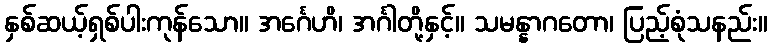
နှစ်ဆယ့်ရှစ်ပါးကုန်သော။ အင်္ဂေဟိ၊ အင်္ဂါတို့နှင့်။ သမန္နာဂတော၊ ပြည့်စုံသနည်း။